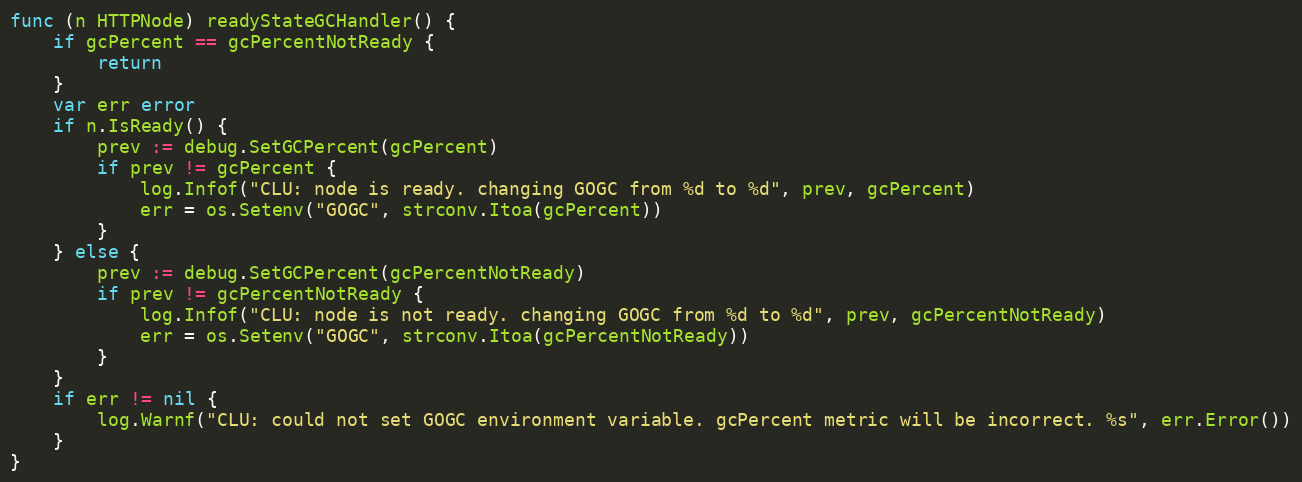
Language: Go
func (n HTTPNode) readyStateGCHandler() {
	if gcPercent == gcPercentNotReady {
		return
	}
	var err error
	if n.IsReady() {
		prev := debug.SetGCPercent(gcPercent)
		if prev != gcPercent {
			log.Infof("CLU: node is ready. changing GOGC from %d to %d", prev, gcPercent)
			err = os.Setenv("GOGC", strconv.Itoa(gcPercent))
		}
	} else {
		prev := debug.SetGCPercent(gcPercentNotReady)
		if prev != gcPercentNotReady {
			log.Infof("CLU: node is not ready. changing GOGC from %d to %d", prev, gcPercentNotReady)
			err = os.Setenv("GOGC", strconv.Itoa(gcPercentNotReady))
		}
	}
	if err != nil {
		log.Warnf("CLU: could not set GOGC environment variable. gcPercent metric will be incorrect. %s", err.Error())
	}
}